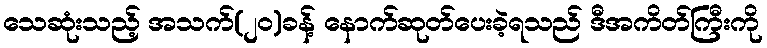
သေဆုံးသည့် အသက်(၂၀)ခန့် နောက်ဆုတ်ပေးခဲ့ရသည် ဒီအကိတ်ကြီးကို